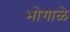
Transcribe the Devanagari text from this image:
भोगाळे